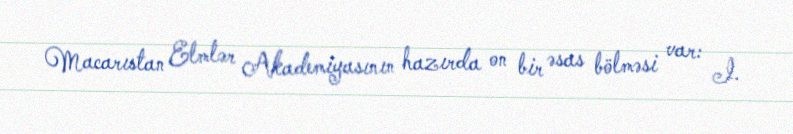
Macarıstan Elmlər Akademiyasının hazırda on bir əsas bölməsi var: I.